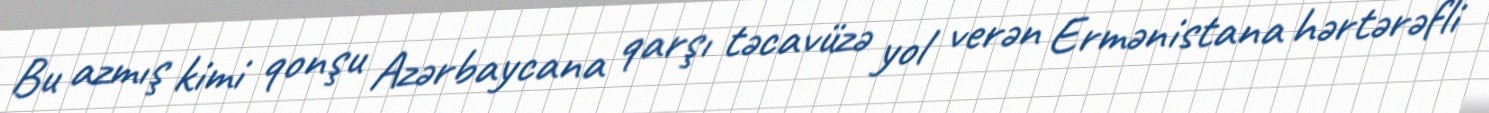
Bu azmış kimi qonşu Azərbaycana qarşı təcavüzə yol verən Ermənistana hərtərəfli